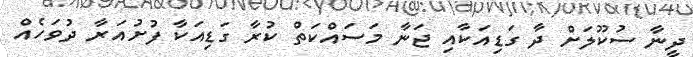
ދީނާ ސުކޫލަށް ދާ ގަޑިއަކާއި ޖަނާ މަސައްކަތް ކުރާ ގަޑިއަކާ ފުށުއަރާ ދުވަހެއް